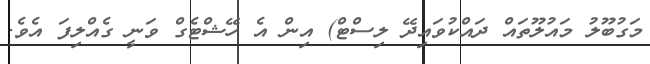
މަގުބޫލު މައުލޫތައް ދައްކުވައިދޭ ލިސްޓް) އިން އެ ހޭޝްޓެގް ވަނީ ގެއްލިފަ އެވެ.